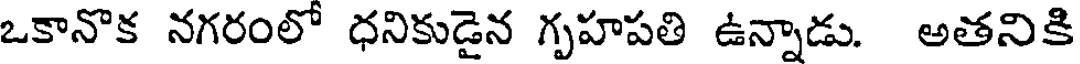
ఒకానొక నగరంలో ధనికుడైన గృహపతి ఉన్నాడు. అతనికి